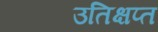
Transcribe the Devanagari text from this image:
उतिक्षप्त